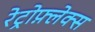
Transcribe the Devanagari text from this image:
रेट्रोफ़्लेक्स